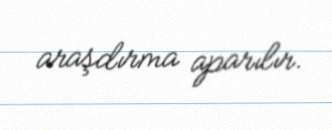
araşdırma aparılır.